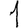
Digit: 1